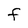
Character: F